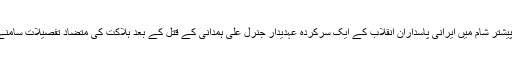
ایک ہفتہ پیشتر شام میں ایرانی پاسداران انقلاب کے ایک سرکردہ عہدیدار جنرل علی ہمدانی کے قتل کے بعد ہلاکت کی متضاد تفصیلات سامنے آئی ہیں۔